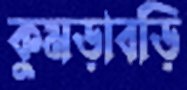
কুমড়াবড়ি